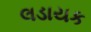
લડાયક